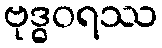
ဗုဒ္ဓဝရဿ